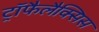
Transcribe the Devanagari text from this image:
ट्रॉफैलैक्सिस